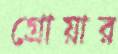
গ্রোয়ার